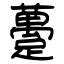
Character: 躉